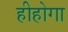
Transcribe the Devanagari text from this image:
हीहोगा